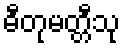
ဓီတုမတ္တီသု